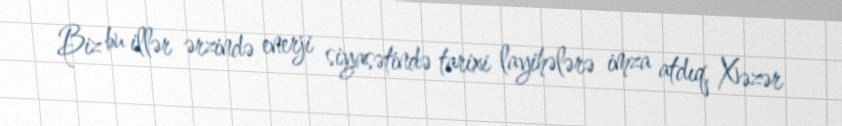
Biz bu illər ərzində enerji siyasətində tarixi layihələrə imza atdıq, Xəzər